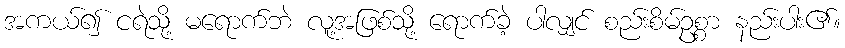
အကယ်၍ ငရဲသို့ မရောက်ဘဲ လူ့အဖြစ်သို့ ရောက်ခဲ့ ပါလျှင် စည်းစိမ်ဥစ္စာ နည်းပါး၏။